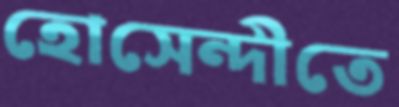
হোসেন্দীতে